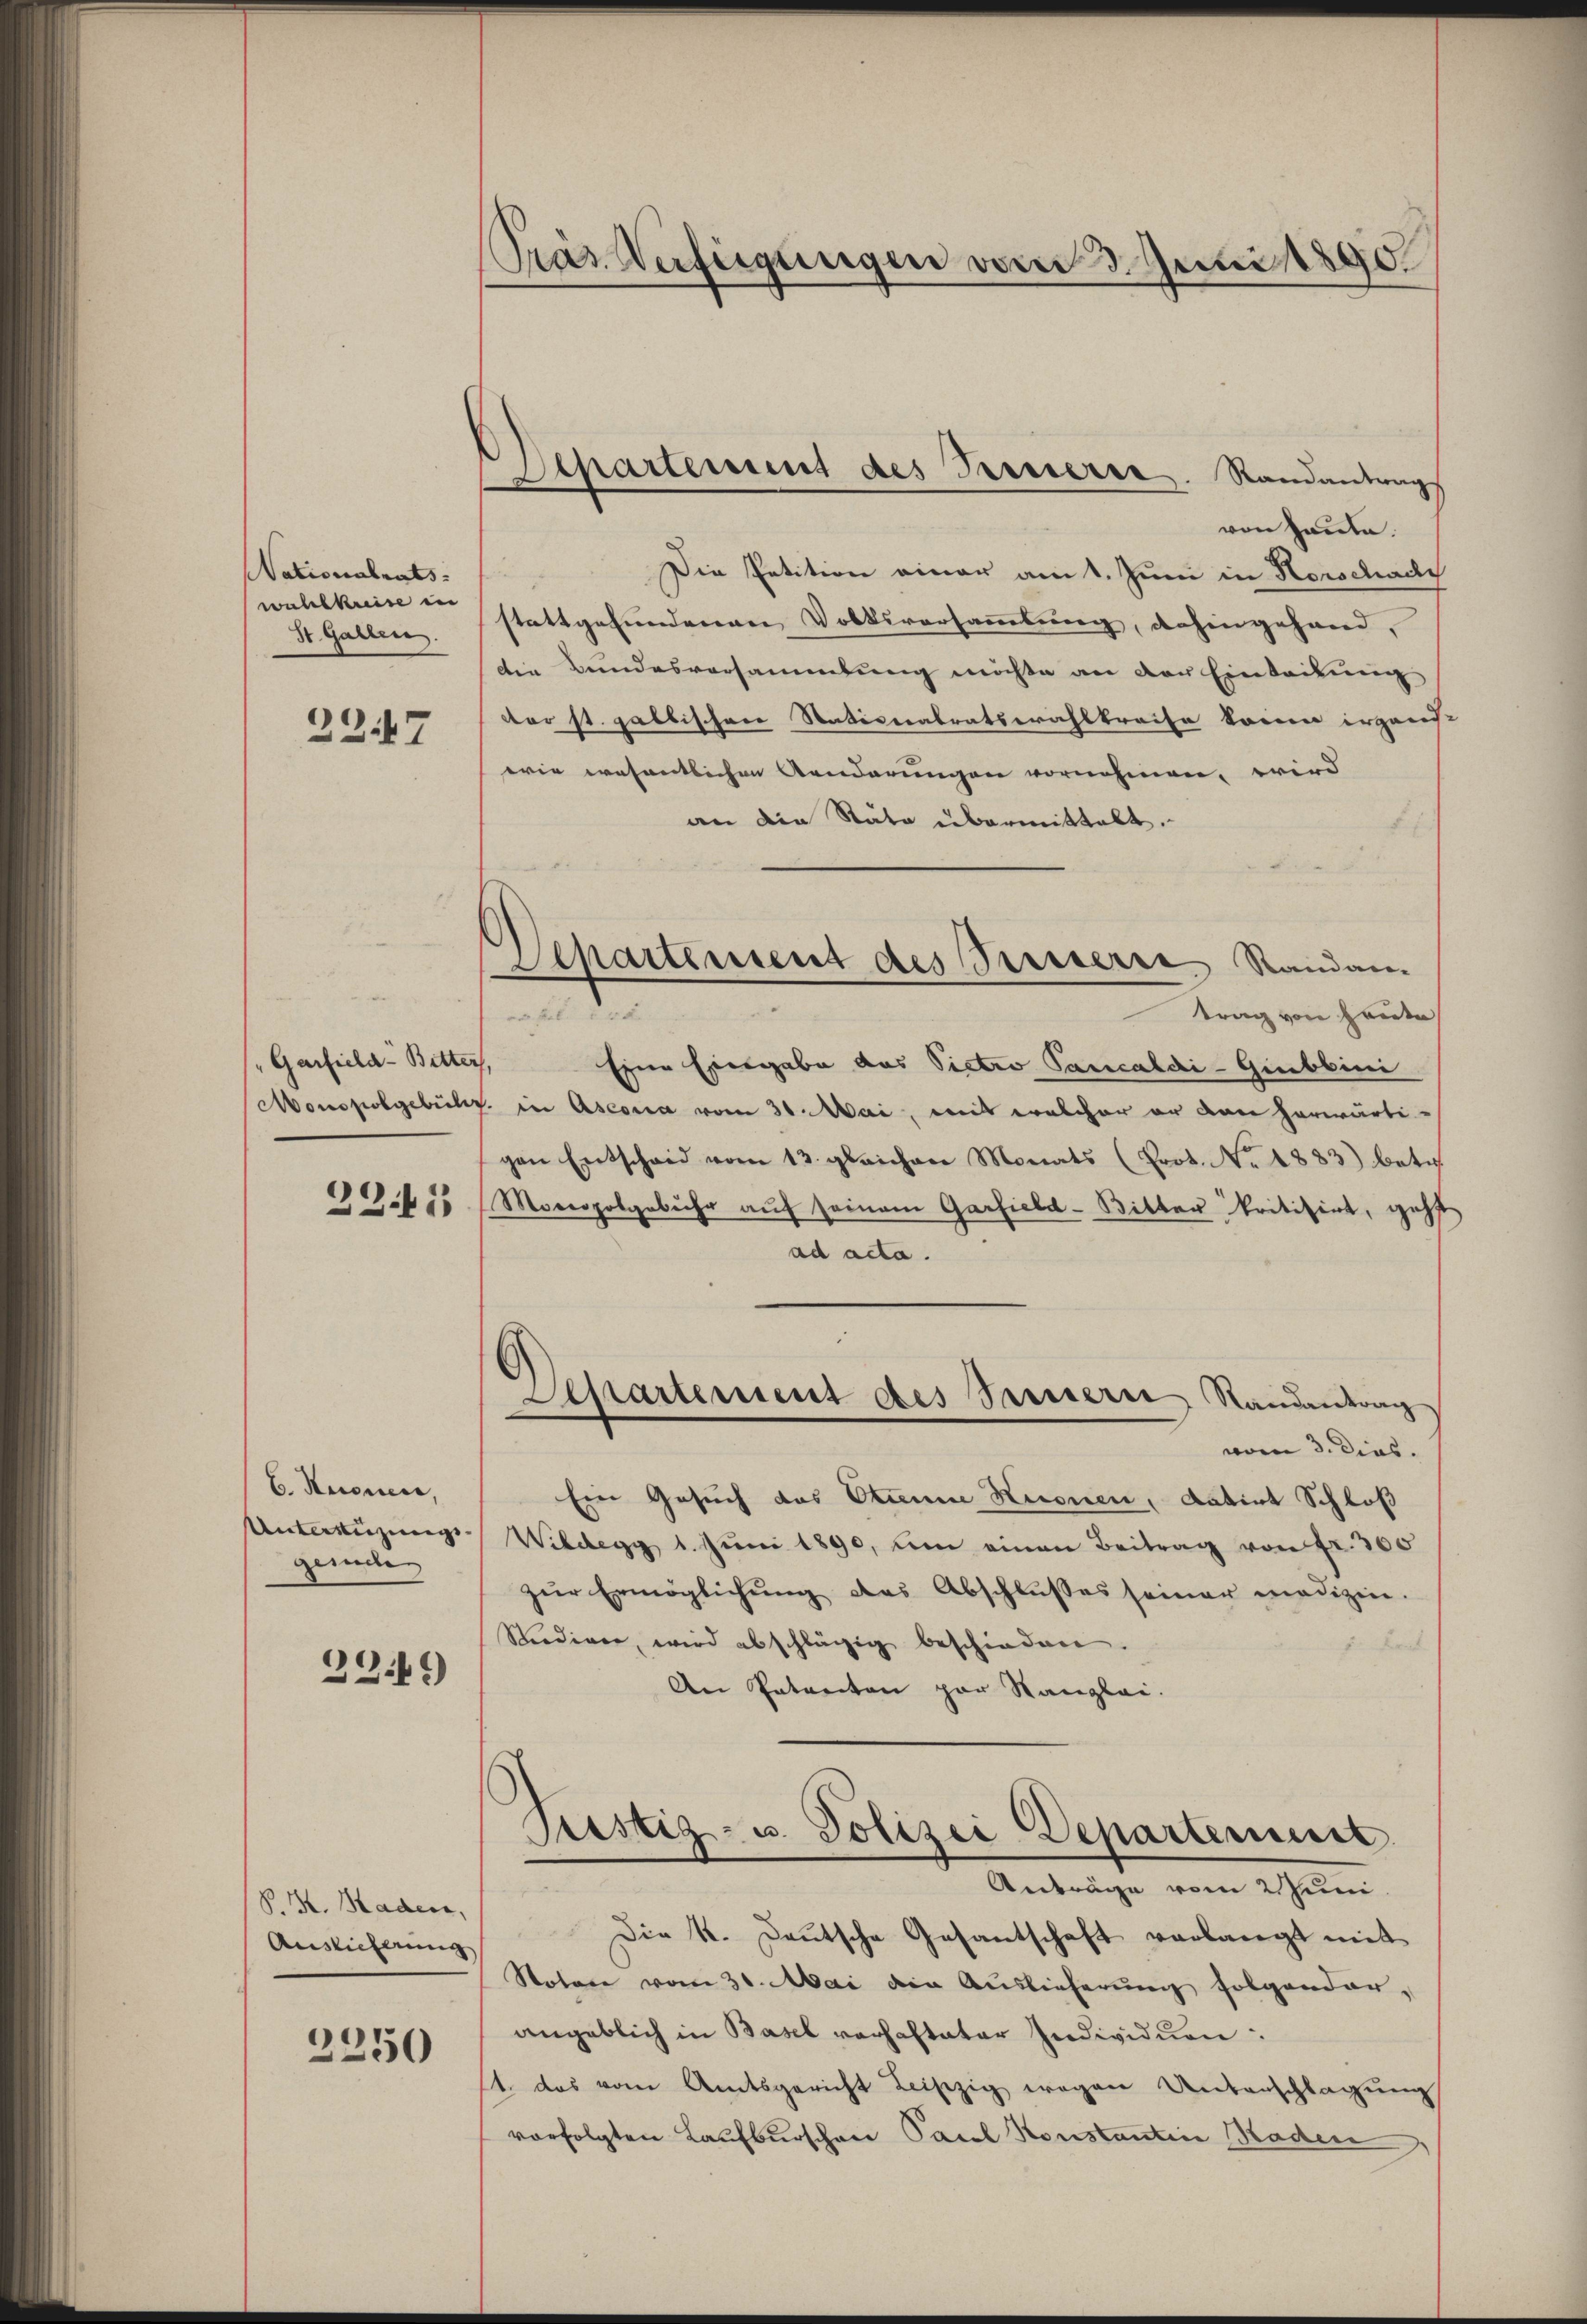
Nationalrats.
wahlkreise in
St. Gallen.

2247

Garfiela- Bitter
Monopolgebüler

23.41

E. Huenen,
Untertigungsgemden

2346)

P. M. Hadere,
Auslicherung

2250

Präs. Verfügungen vom 3. Juni 1890.

Apartement des Fernerie. Randantrags

Separtement des Versterne Randan-

von Hause.
Die Petition einer am 1. Juni in Horschade
stattgefundenen Volksversammlung, dahingehand,
die Bundesversammlung möchte an der Eintribung
cer st. galbischere Nativerabratswahlkreise könne irgens-
wie wesentlichen Aenderungen vornehmen, wird
an die Stäte übermittalt.
F. E
a fl. 100.
trag von Heute
f
Eine Eiergabe das Victro Pancaldi-Giubbini
" in Ascona vom 31. Mai, mit welcher er den herwärtigen Entscheid vom 13. gleichen Monats (Prot. No. 4883) betr.
Moveopolgebühr auf seinem Garfield-Bitter kritisirt, geht
ad acta.
Separtement des Parisern Randantrag
vom 3. Dies
Ein Gesuch das Stumme Hionen, datirt Schloß
Wildegg 1. Jŭni 1890, um einen Beitrag von Fr. 300
zur Ermöglichung des Abschlusses seiner medizin.
Riediger, wird abschlägig beschieden.

An Patenten par Kanzlei.
Peistig - u. Polizei Departement
Anträge vom 2. Juni.
Die k. Deutsche Gesantschaft verlangt mit
Notare vom 30. Mai die Auslieferŭng folgendar-
angeblich in Basel verhafteter Individuen:
11. das vom Amtsgericht Leiszig wegen Unterschlagung
vorfolgten Laufburschen Paral Konstantin Baden